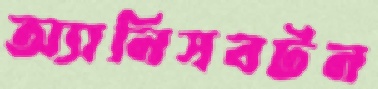
অ্যানিসবটন